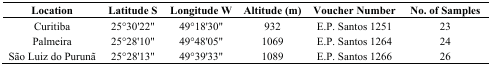
| Location | Latitude S | Longitude W | Altitude (m) | Voucher Number | No. of Samples |
 | --- | --- | --- | --- | --- | --- |
 | Curitiba | 25°30'22" | 49°18'30" | 932 | E.P. Santos 1251 | 23 |
 | Palmeira | 25°28'10" | 49°48'05" | 1069 | E.P. Santos 1264 | 24 |
 | São Luiz do Purunã | 25°28'13" | 49°39'33" | 1089 | E.P. Santos 1266 | 26 |